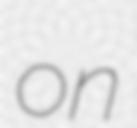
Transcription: on